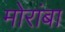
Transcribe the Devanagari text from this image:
मोरांबा